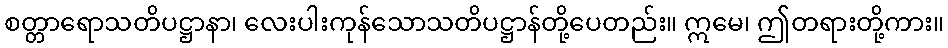
စတ္တာရောသတိပဋ္ဌာနာ၊ လေးပါးကုန်သောသတိပဋ္ဌာန်တို့ပေတည်း။ ဣမေ၊ ဤတရားတို့ကား။